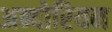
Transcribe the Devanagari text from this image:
अन्दोरियन